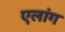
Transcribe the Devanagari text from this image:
एलांग